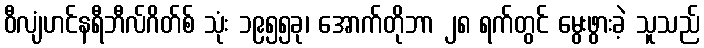
ဝီလျံဟင်နရီဘီလ်ဂိတ်စ် သုံး ၁၉၅၅ခု၊ အောက်တိုဘာ ၂၈ ရက်တွင် မွေးဖွားခဲ့ သူသည်